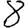
Digit: 8